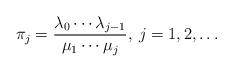
LaTeX: \begin{align*}\pi_j = \frac{\lambda_0\cdots \lambda_{j-1}}{\mu_1\cdots \mu_j},\>j=1,2,\ldots\end{align*}